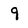
Character: 9